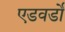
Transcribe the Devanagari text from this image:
एडवर्डो